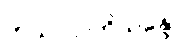
ကုသလာဘိသန္ဒော